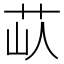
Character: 𦭗